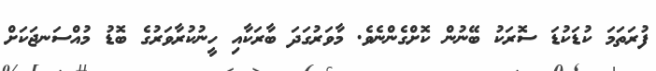
ފުރަތަމަ ކުޑަކުޑަ ސޮރަކު ބޭނުން ކޮށްގެންނެވެ. މާވަރުގަދަ ބާރަކާއި ހީނުކުރާވަރުގެ ބޮޑު މުއްސަނޖަކަށް